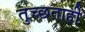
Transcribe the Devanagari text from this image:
तुच्छताही